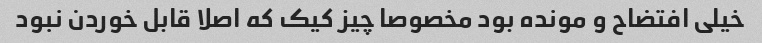
خیلی افتضاح و مونده بود مخصوصا چیز کیک که اصلا قابل خوردن نبود